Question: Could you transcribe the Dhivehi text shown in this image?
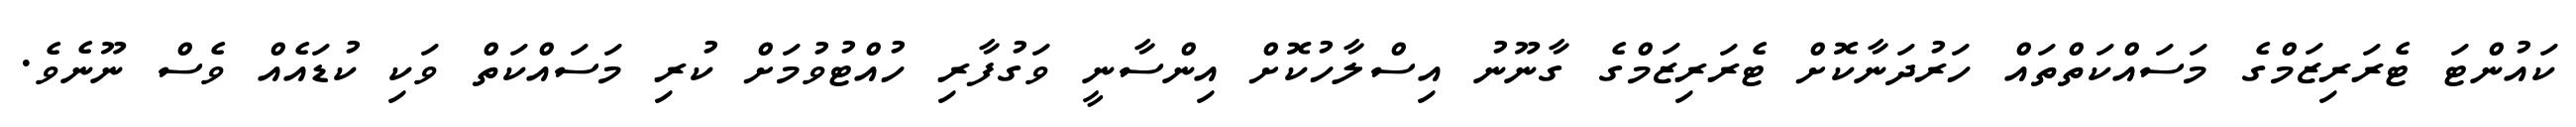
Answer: ކައުންޓަ ޓެރަރިޒަމްގެ މަސައްކަތްތައް ހަރުދަނާކޮށް ޓެރަރިޒަމްގެ ގާނޫނު އިސްލާހުކޮށް އިންސާނީ ވަގުފާރި ހުއްޓުވުމަށް ކުރި މަސައްކަތް ވަކި ކުޑައެއް ވެސް ނޫނެވެ.